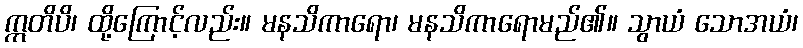
ဣတိပိ၊ ထို့ကြောင့်လည်း။ မနသိကာရော၊ မနသိကာရောမည်၏။ သွာယံ သောအယံ၊